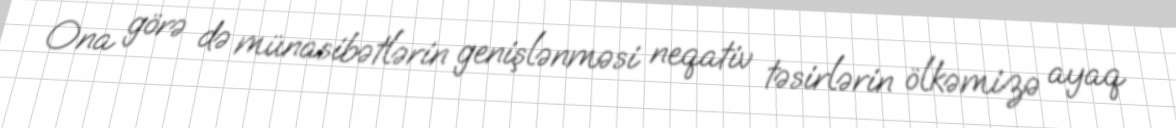
Ona görə də münasibətlərin genişlənməsi neqativ təsirlərin ölkəmizə ayaq